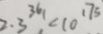
2 . 3 ^ { 3 6 1 } , < 1 0 ^ { 1 7 5 }